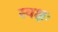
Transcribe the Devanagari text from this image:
स्वक्षः